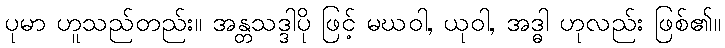
ပုမာ ဟူသည်တည်း။ အန္တသဒ္ဒါပို ဖြင့် မဃဝါ, ယုဝါ, အဒ္ဓါ ဟုလည်း ဖြစ်၏။